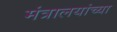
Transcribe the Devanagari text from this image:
मंत्रालयांच्या